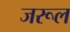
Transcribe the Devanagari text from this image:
जरूल